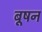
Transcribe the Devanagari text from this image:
बूषन